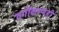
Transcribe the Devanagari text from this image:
वर्गीकरणही